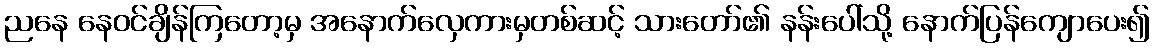
ညနေ နေဝင်ချိန်ကြတော့မှ အနောက်လှေကားမှတစ်ဆင့် သားတော်၏ နန်းပေါ်သို့ နောက်ပြန်ကျောပေး၍